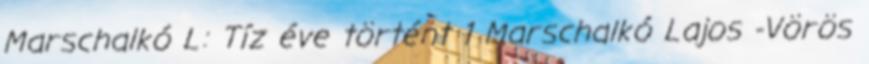
Marschalkó L: Tíz éve történt 1 Marschalkó Lajos -Vörös